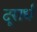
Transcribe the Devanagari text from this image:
दूरार्ध